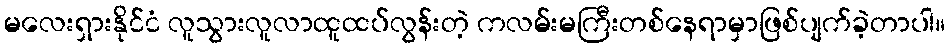
မလေးရှားနိုင်ငံ လူသွားလူလာထူထပ်လွန်းတဲ့ ကလမ်းမကြီးတစ်နေရာမှာဖြစ်ပျက်ခဲ့တာပါ။